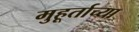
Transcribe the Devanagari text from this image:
मुहूर्ताच्या